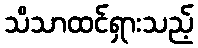
သိသာထင်ရှားသည့်